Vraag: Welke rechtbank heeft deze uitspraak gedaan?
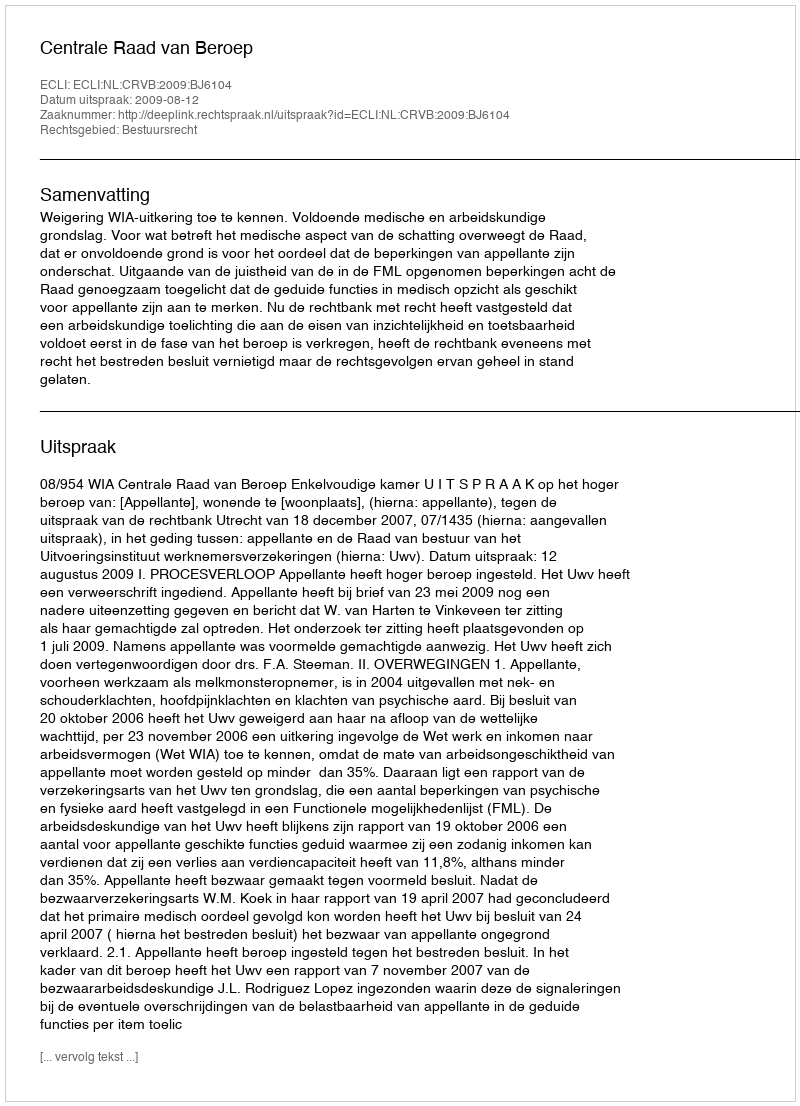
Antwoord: Centrale Raad van Beroep